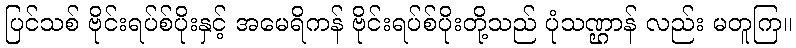
ပြင်သစ် ဗိုင်းရပ်စ်ပိုးနှင့် အမေရိကန် ဗိုင်းရပ်စ်ပိုးတို့သည် ပုံသဏ္ဌာန် လည်း မတူကြ။